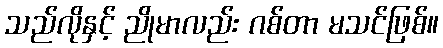
သည်လိုနှင့် ညိုမာလည်း ဂစ်တာ မသင်ဖြစ်။